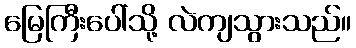
မြေကြီးပေါ်သို့ လဲကျသွားသည်။